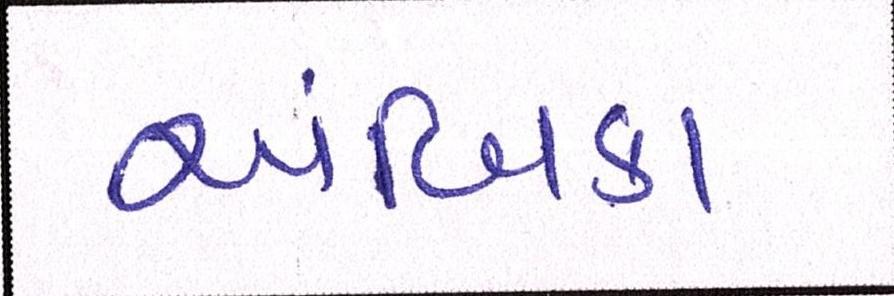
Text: અંબિકા